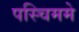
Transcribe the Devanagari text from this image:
पस्चिममे